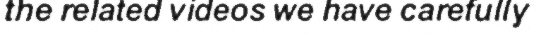
the related videos we have carefully